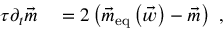
\begin{array} { r l } { \tau \partial _ { t } \vec { m } } & { { } = 2 \left( \vec { m } _ { \mathrm { e q } } \left( \vec { w } \right) - \vec { m } \right) \ , } \end{array}